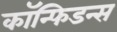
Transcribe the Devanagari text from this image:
कॉन्फिडन्स